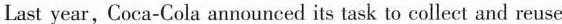
Last year, Coca-Cola announced its task to collect and reuse